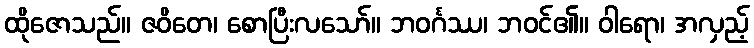
ထိုဇောသည်။ ဇဝိတေ၊ စောပြီးလသော်။ ဘဝင်္ဂဿ၊ ဘဝင်၏။ ဝါရော၊ အလှည့်